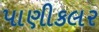
પાણીકલર